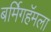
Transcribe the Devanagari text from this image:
बर्मिगहॅमला